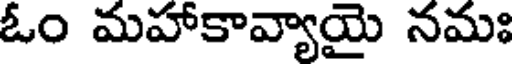
ఓం మహాకావ్యాయై నమః